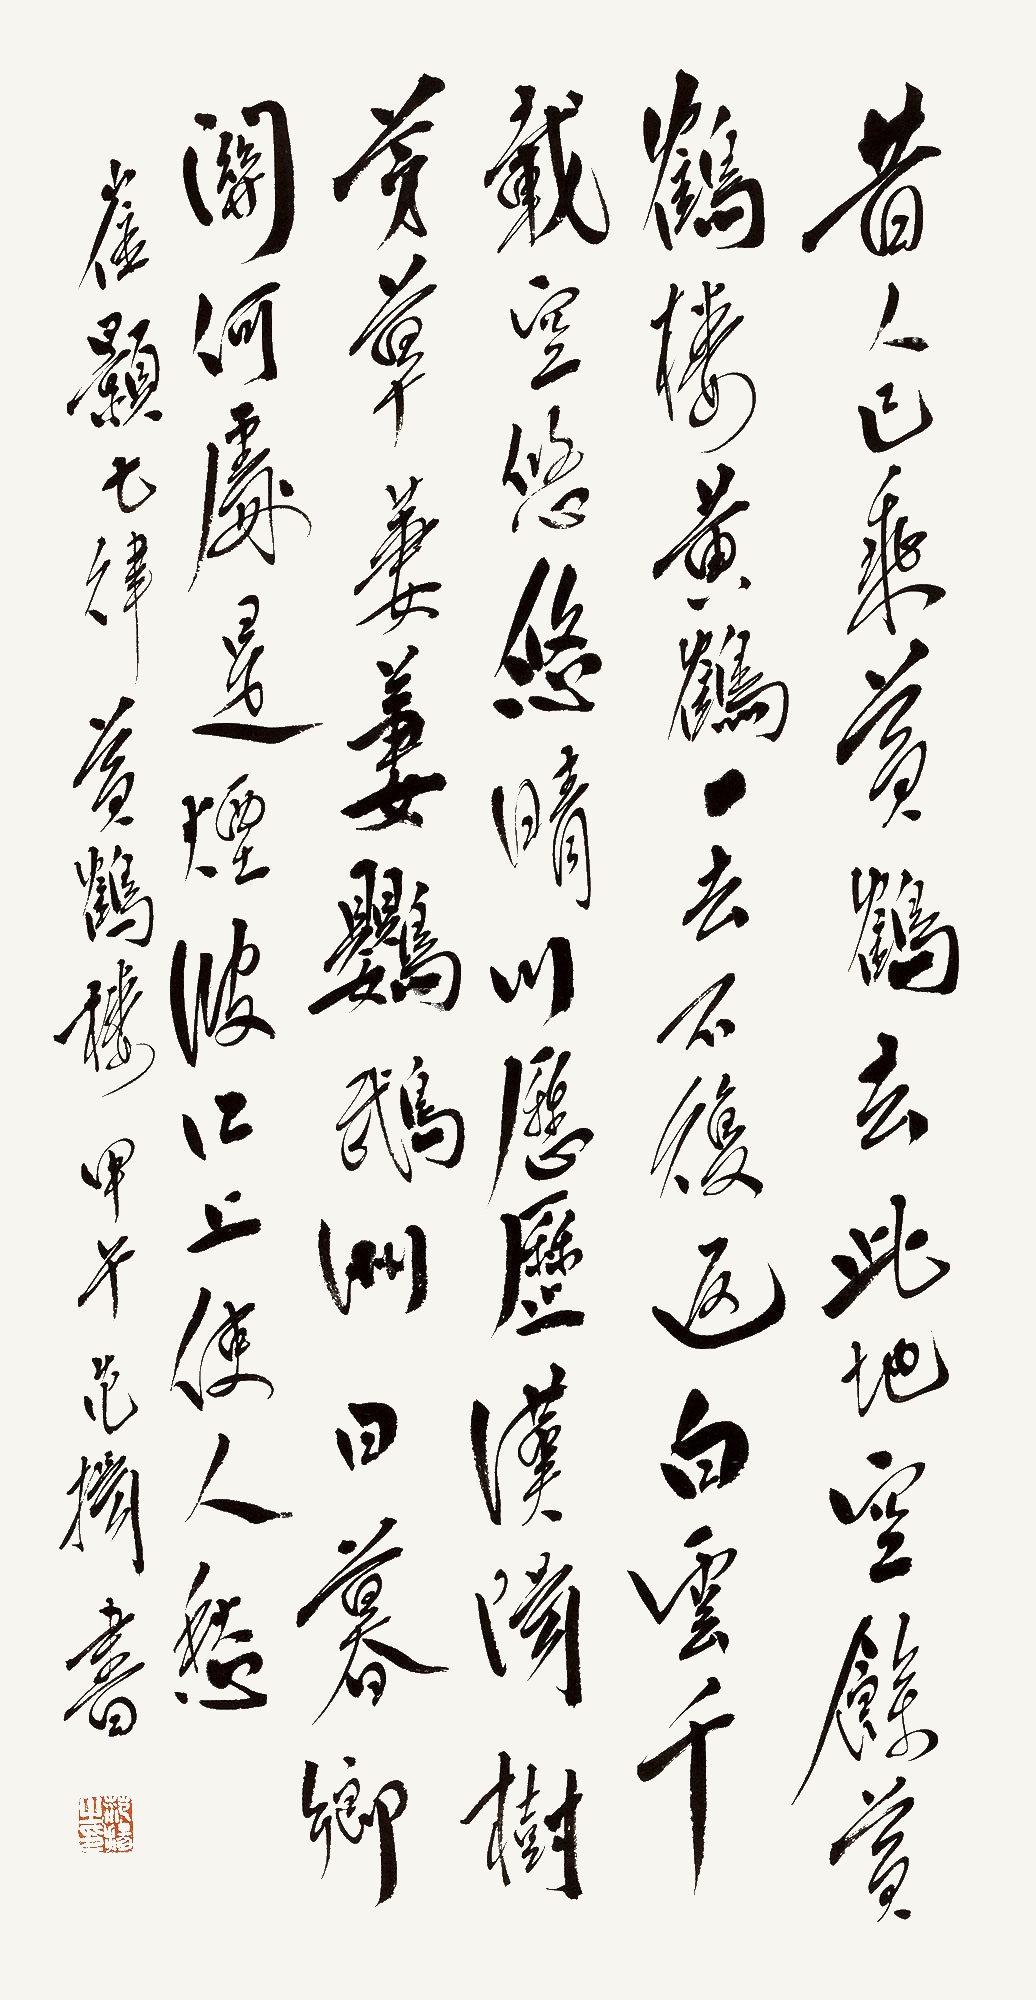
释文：昔人已乘黄鹤去，此地空余黄鹤楼。黄鹤一去不复返，白云千载空悠悠。晴川历历汉阳树，芳草萋萋鹦鹉洲。日暮乡关何处是，烟波江上使人愁。甲午范扬书。